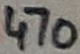
Text: 470